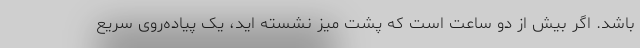
باشد. اگر بیش از دو ساعت است که پشت میز نشسته اید، یک پیاده‌روی سریع